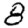
Digit: 8